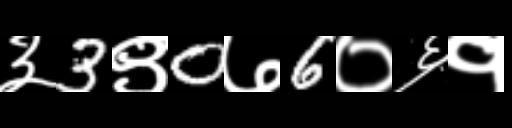
Text: ३3९0७6०६१